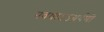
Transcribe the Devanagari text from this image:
नवधाऽऽथर्वणो